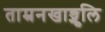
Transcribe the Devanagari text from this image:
ताम्रनखाङ्गुलि